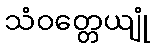
သံဝတ္တေယျုံ